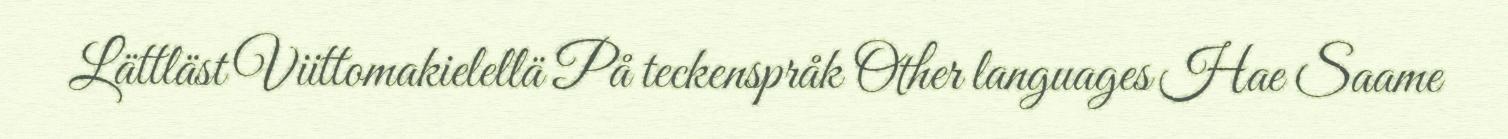
Lättläst Viittomakielellä På teckenspråk Other languages Hae Saame